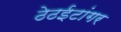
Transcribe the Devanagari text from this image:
ठेठईटांगर